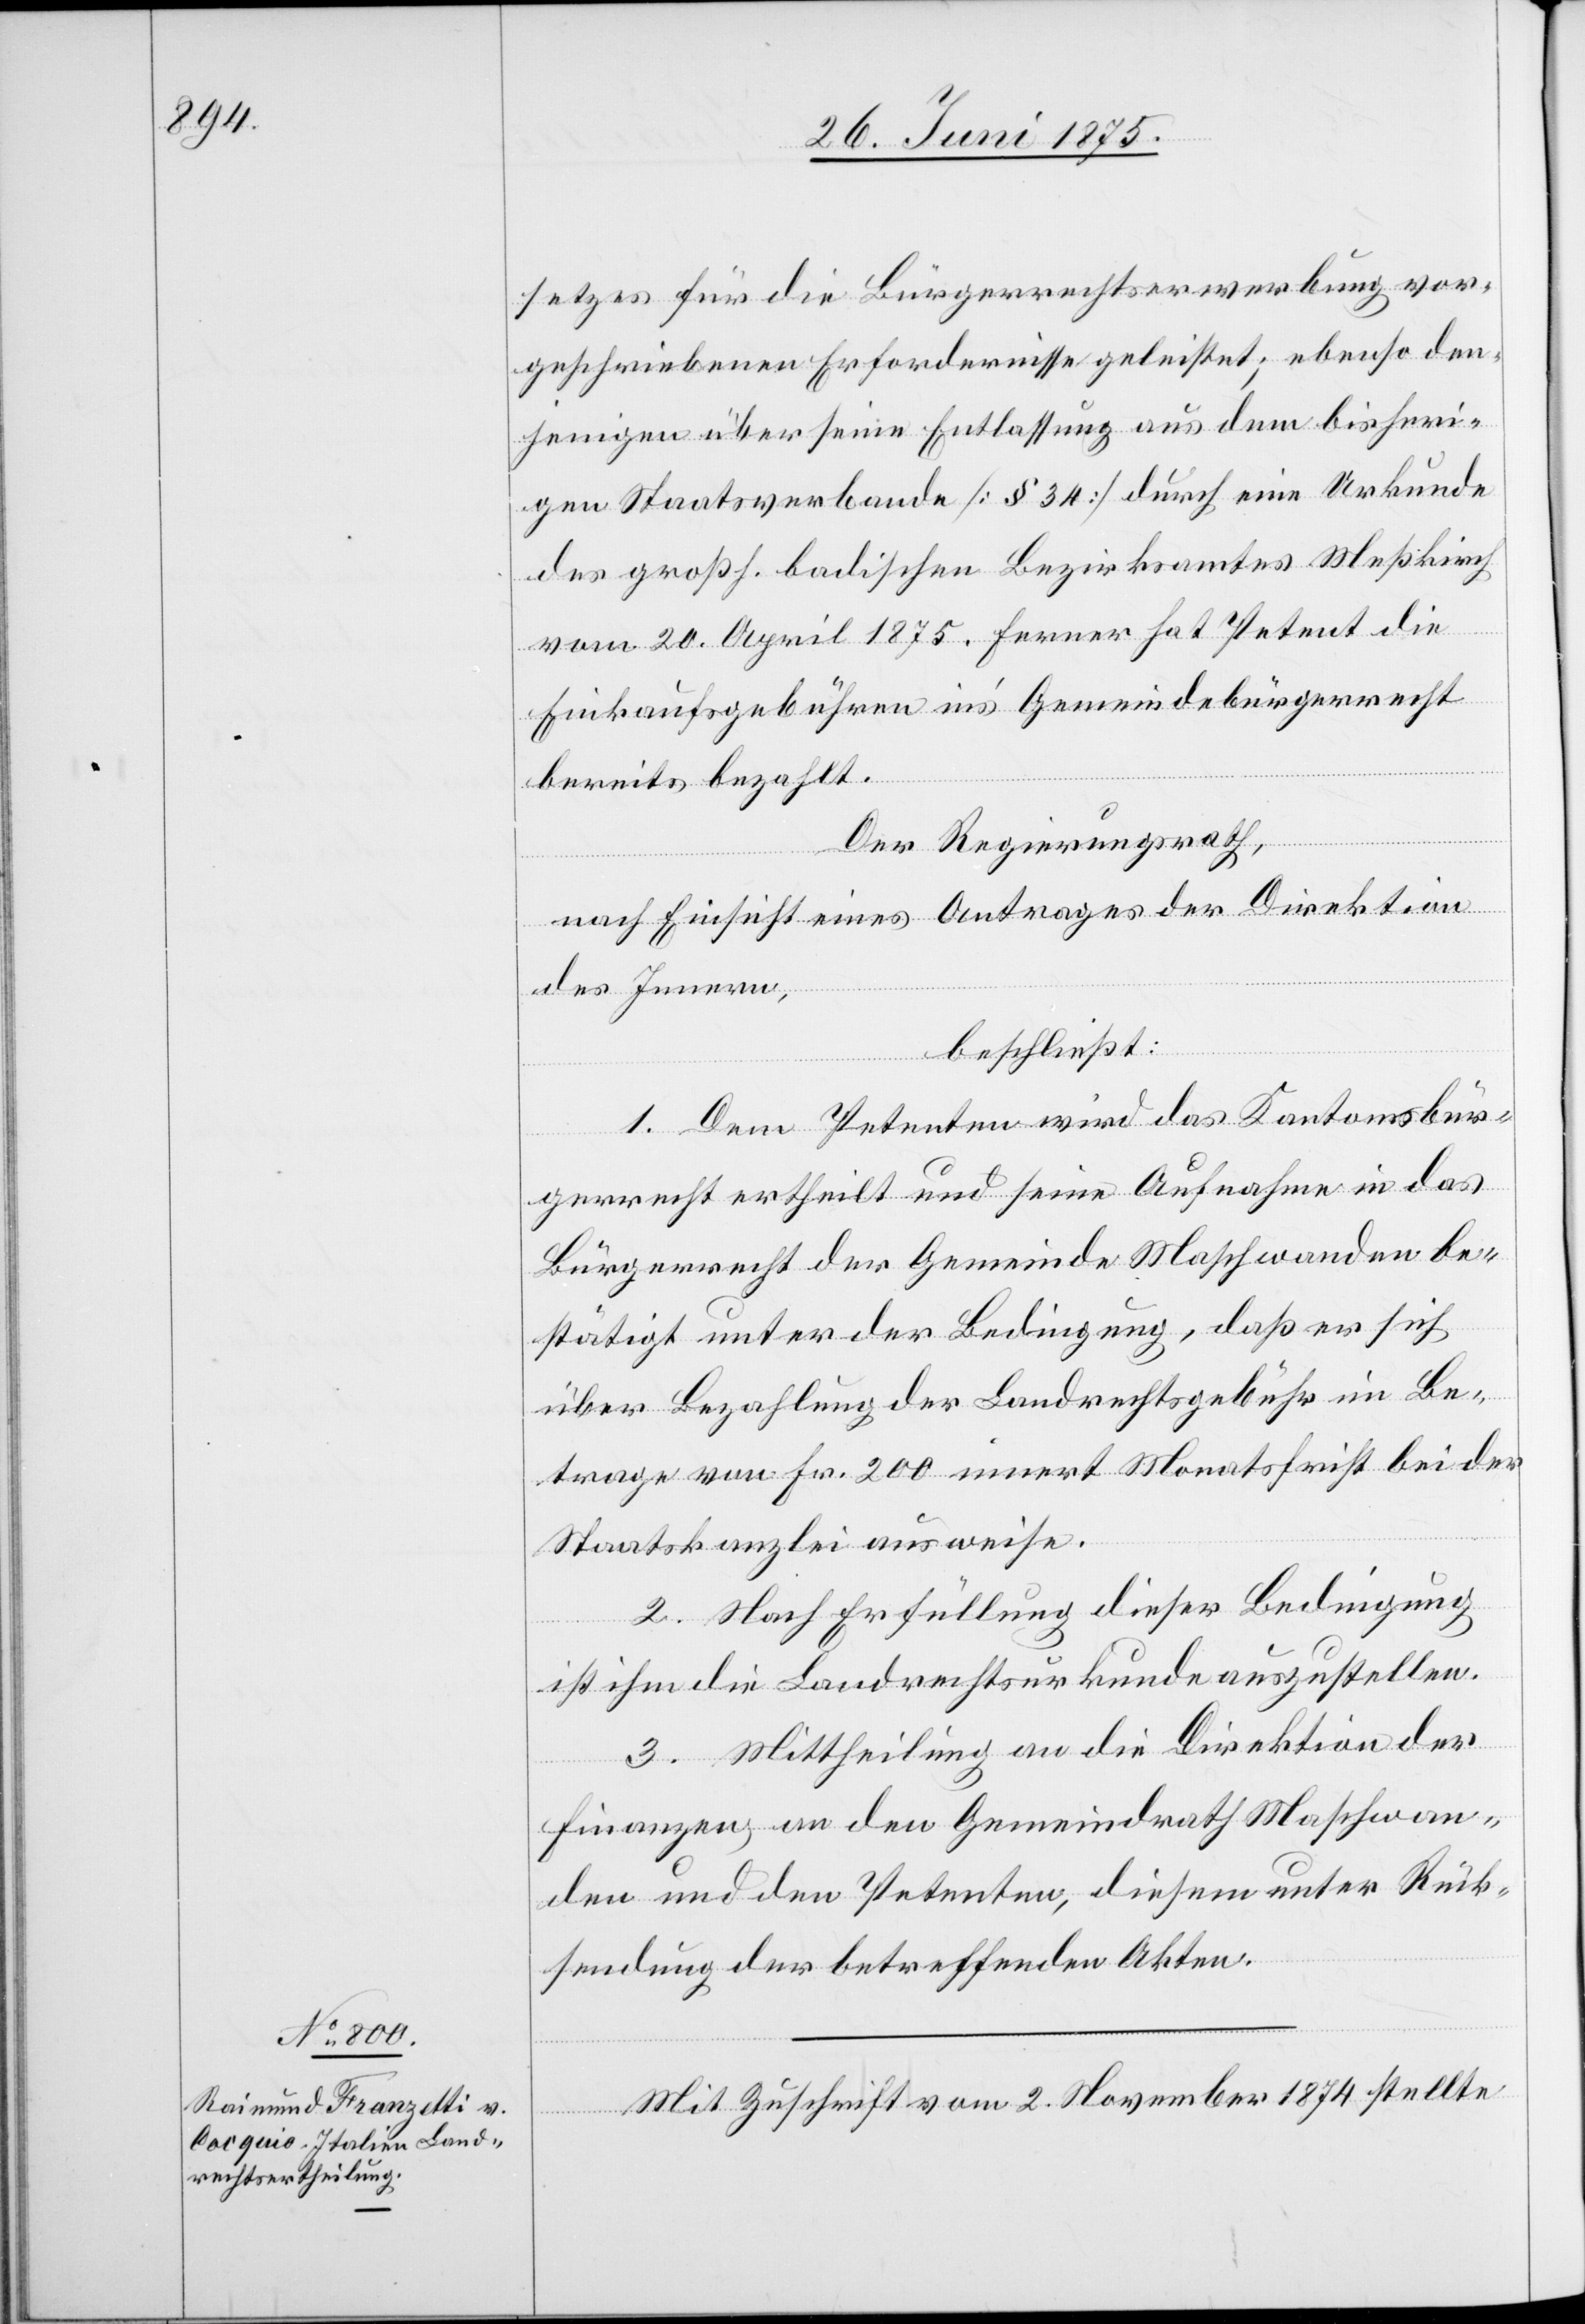
setzes für die Bürgerrechtserwerbung vor¬
geschriebenen Erfordernisse gelistet; ebenso den¬
jenigen über seine Entlassung aus dem bisheri¬
gen Staatsverbande [§ 34] durch eine Urkunde
des großh. badischen Bezirksamtes Meßkirch
vom 20. April 1875. Ferner hat Petent die
Einkaufsgebühren in’s Gemeindebürgerrecht
bereits bezahlt.
Der Regierungsrath,
nach Einsicht eines Antrages der Direktion
des Innern,
beschließt:
1. Dem Petenten wird das Kantonsbür¬
gerrecht ertheilt und seine Aufnahme in das
Bürgerrecht der Gemeinde Maschwanden be¬
stätigt unter der Bedingung, daß er sich
über Bezahlung der Landrechtsgebühr im Be¬
trage von fr. 200 innert Monatsfrist bei der
Staatskanzlei ausweise.
2. Nach Erfüllung dieser Bedingung
ist ihm die Landrechtsurkunde auszustellen.
3. Mittheilung an die Direktion der
Finanzen, an den Gemeindrath Maschwan¬
den und den Petenten, diesem unter Rück¬
sendung der betreffenden Akten.
Mit Zuschrift vom 2. November 1874 stellte